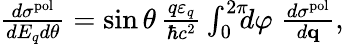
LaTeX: \begin{array}{r}{\frac{d\sigma^{\mathrm{pol}}}{dE_{q}d\theta}=\sin\theta\, \frac{q\varepsilon_{q}}{\hbar c^{2}}\int_{0}^{2\pi}\! \! \! d\varphi\; \frac{d\sigma^{\mathrm{pol}}}{d{\mathbf q}},}\end{array}